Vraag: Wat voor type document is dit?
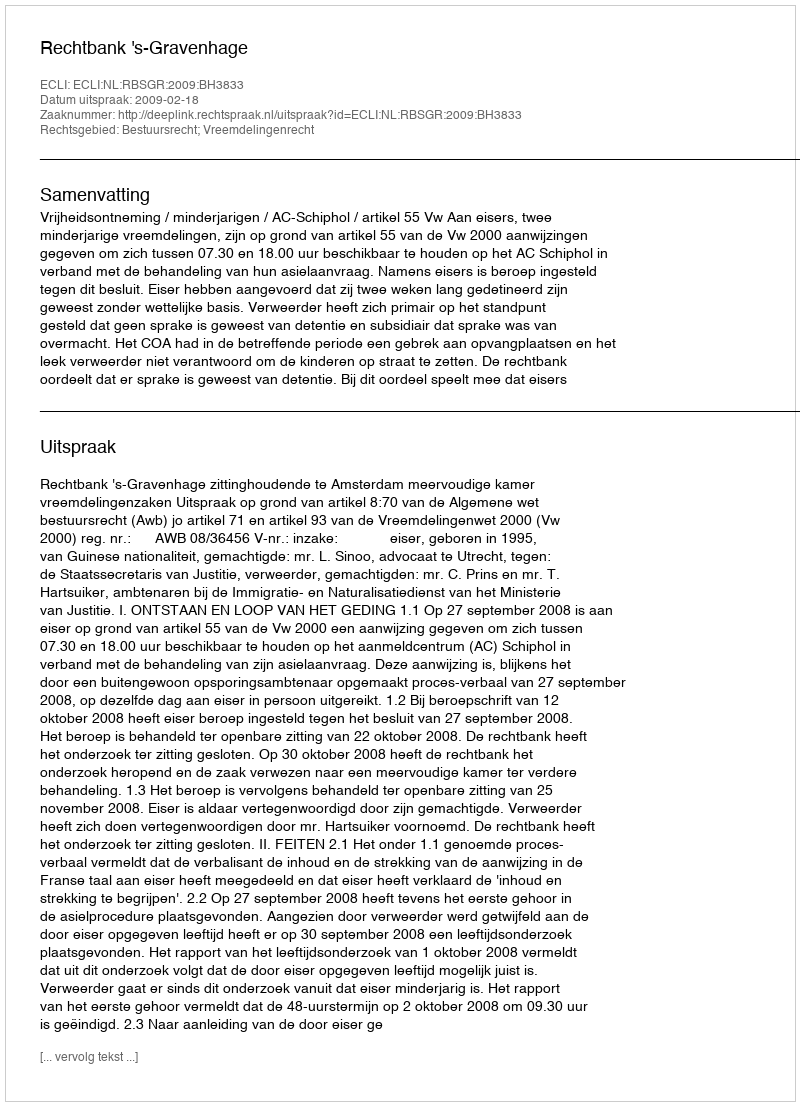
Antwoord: Uitspraak